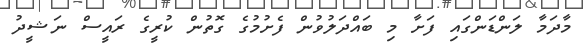
މާދަމާ ލަންޑަންގައި ފަށާ މި ބައްދަލުވުން ފެށުމުގެ ގޮތުން ކުރީގެ ރައީސް ނަޝީދު